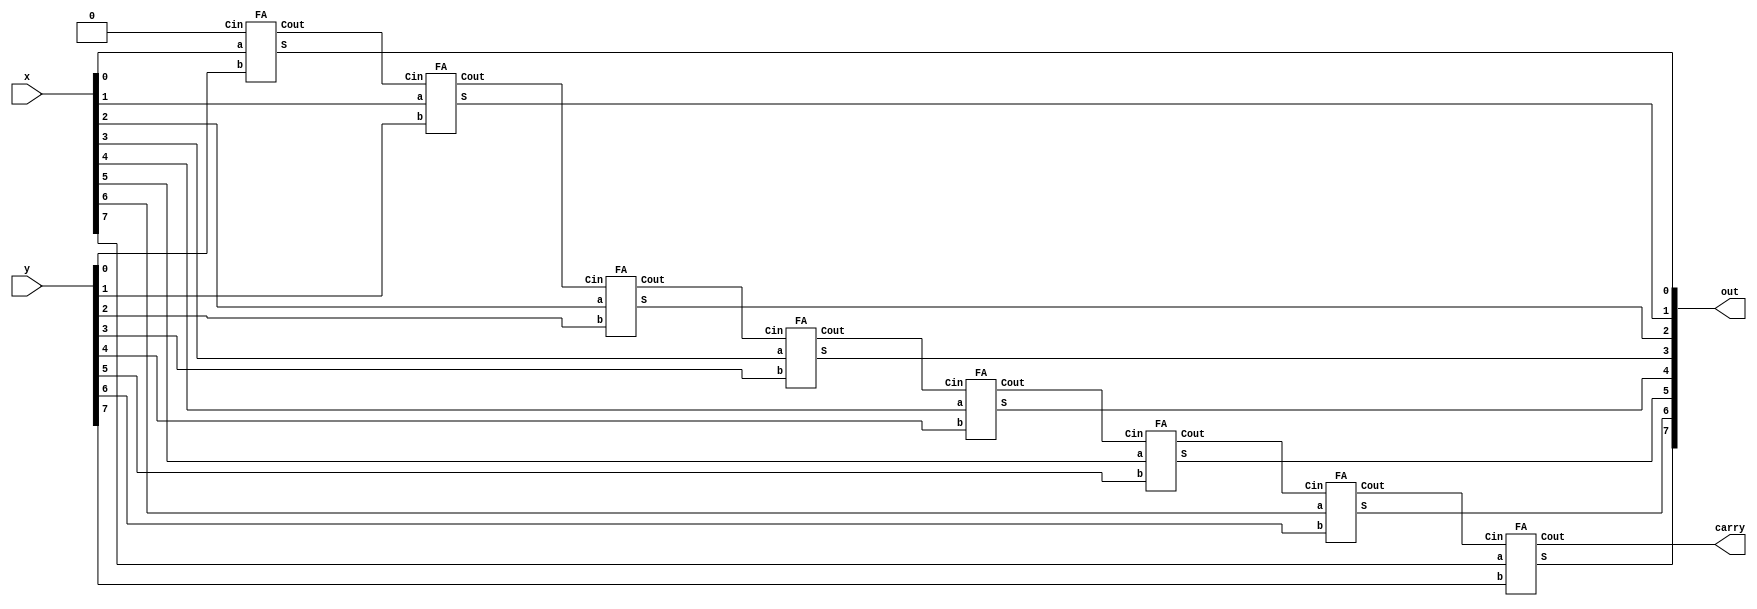
module adder_gate(x, y, carry, out);
input [7:0] x, y;
output carry;
output [7:0] out;

/*Write your code here*/
wire [8:0] C;

assign C[0] = 1'b0;
assign carry = C[8];

generate
    genvar i;
    for(i = 0; i < 8; i = i + 1) begin
        FA full_adder(.Cin(C[i]), .a(x[i]), .b(y[i]), .Cout(C[i + 1]), .S(out[i]));
    end
endgenerate

/*End of code*/

endmodule

module FA(Cin, a, b, Cout, S);
    input Cin;
    input a;
    input b;
    output Cout;
    output S;
    
    wire aXb, aAb, w1;

    xor #1 XO1(aXb, a, b);
    xor #1 XO2(S, Cin, aXb);
    and #1 AN1(aAb, a, b);
    and #1 AN2(w1, Cin, aXb);
    or  #1 OR1(Cout, aAb, w1);


endmodule